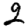
Digit: 2